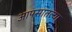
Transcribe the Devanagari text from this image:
आपसातल्या